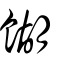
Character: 餬